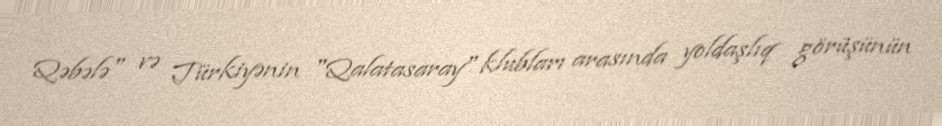
Qəbələ" və Türkiyənin "Qalatasaray" klubları arasında yoldaşlıq görüşünün